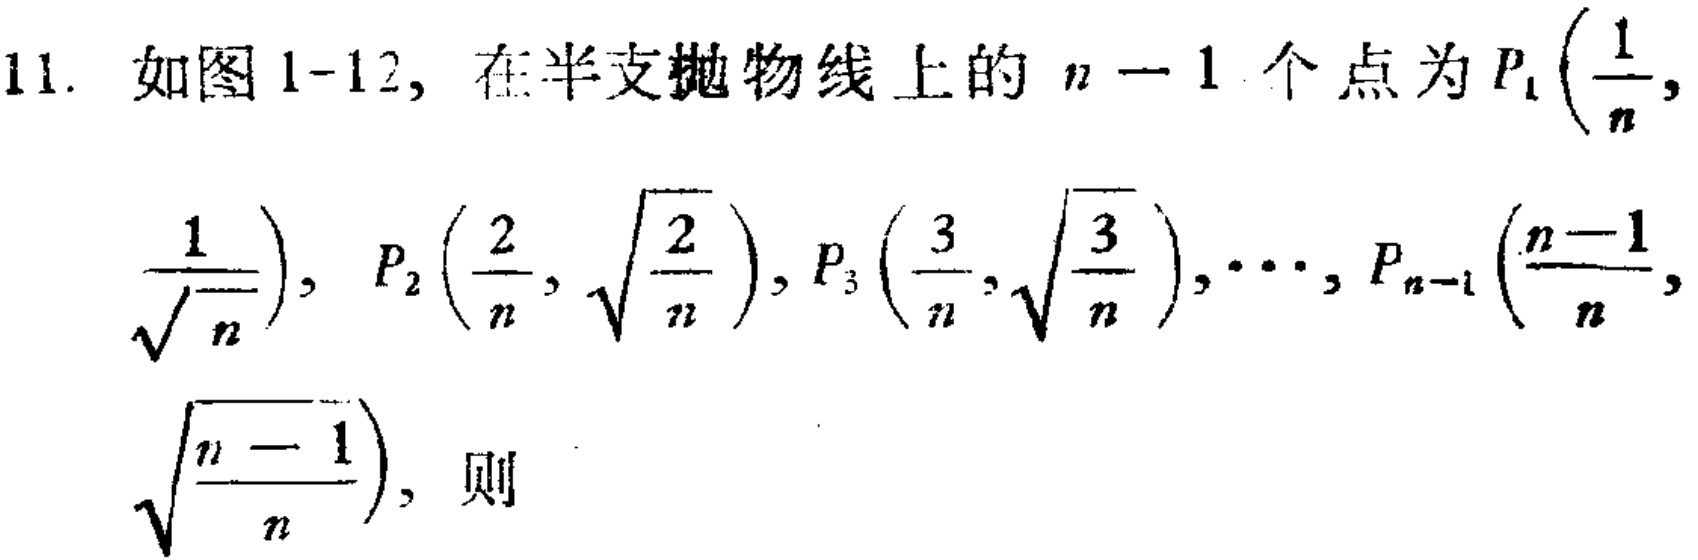
11. 如图1-12, 在半支抛物线上的\(n - 1\)个点为\(P_1\left(\frac{1}{n},\frac{1}{\sqrt{n}}\right)\)，\(P_2\left(\frac{2}{n},\sqrt{\frac{2}{n}}\right)\)，\(P_3\left(\frac{3}{n},\sqrt{\frac{3}{n}}\right)\)，\(\cdots\)，\(P_{n - 1}\left(\frac{n - 1}{n},\sqrt{\frac{n - 1}{n}}\right)\)，则